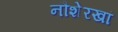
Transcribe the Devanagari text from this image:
नौशेरखां